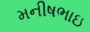
મનીષભાઇ